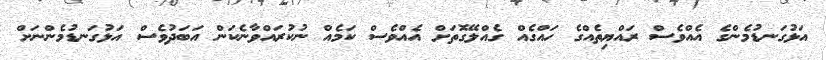
އަޅުގަނޑުމެންގެ އެއްވެސް ރައްޔިތެއްގެ ހައްގެއް ގެއްލޭގޮތަށް އެއްވެސް ކަމެއް ނުކުރައްވާނެކަން އަބަދުވެސް އަޅުގަނޑުމެންނަށް